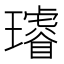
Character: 𤪻